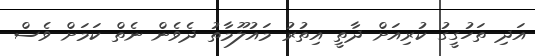
އަދި ތަހުގީގު ކުރިއަށް ދާތީ އިތުރު މައުލޫމާތު ދެވެން ނެތް ކަމަށް ވެސް